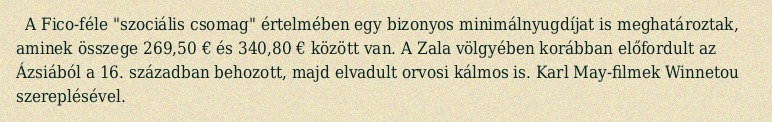
A Fico-féle "szociális csomag" értelmében egy bizonyos minimálnyugdíjat is meghatároztak, aminek összege 269,50 € és 340,80 € között van. A Zala völgyében korábban előfordult az Ázsiából a 16. században behozott, majd elvadult orvosi kálmos is. Karl May-filmek Winnetou szereplésével.